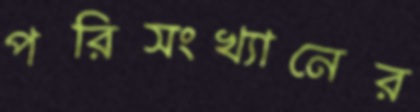
পরিসংখ্যানের